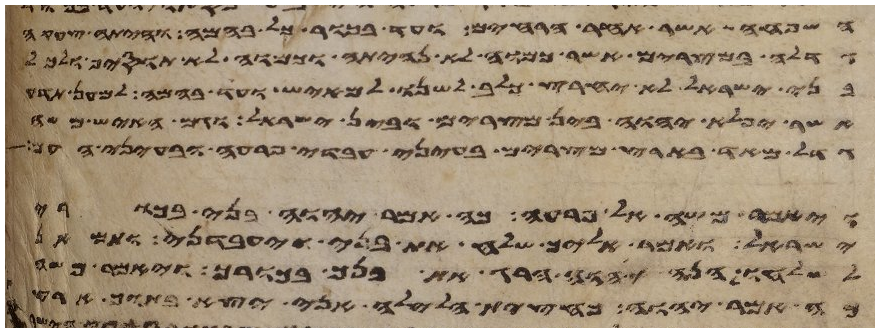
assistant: השפחה אשר אחר הרחים ועד בכור כל בהמה והיתה צעקה
גדלה במצרים אשר כמוה לא נהיתה וכמוה לא תוסיף ולכל
בני ישראל לא יחרץ כלב לשנו למאיש ועד בהמה למען תדע
אשר יפלא יהוה בין מצרים ובין ישראל וגם האיש משה
גדל מאד בארץ מצרים בעיני עבדי פרעה ובעיני העם
ויאמר משה אל פרעה כה אמר יהוה בני בכורי
ישראל ואמר אליך שלח את בני ויעבדני ותמאן
לשלחו הנה יהוה הרג את בנך בכורך ויאמר משה
כה אמר יהוה כחצית הלילה אני יצא בתוך ארץ